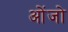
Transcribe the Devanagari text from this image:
ओंजो